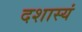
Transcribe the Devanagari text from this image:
दशास्यं